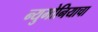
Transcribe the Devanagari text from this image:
न्युमोनियाचा